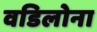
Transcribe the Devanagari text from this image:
वडिलोना